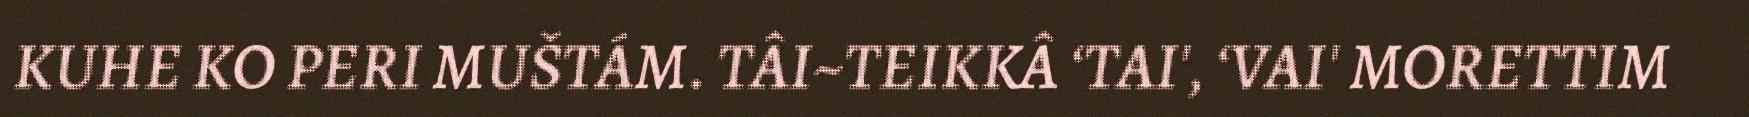
KUHE KO PERI MUŠTÁM. TÂI~TEIKKÂ ‘TAI', ‘VAI' MORETTIM